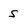
Character: s